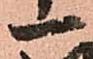
一